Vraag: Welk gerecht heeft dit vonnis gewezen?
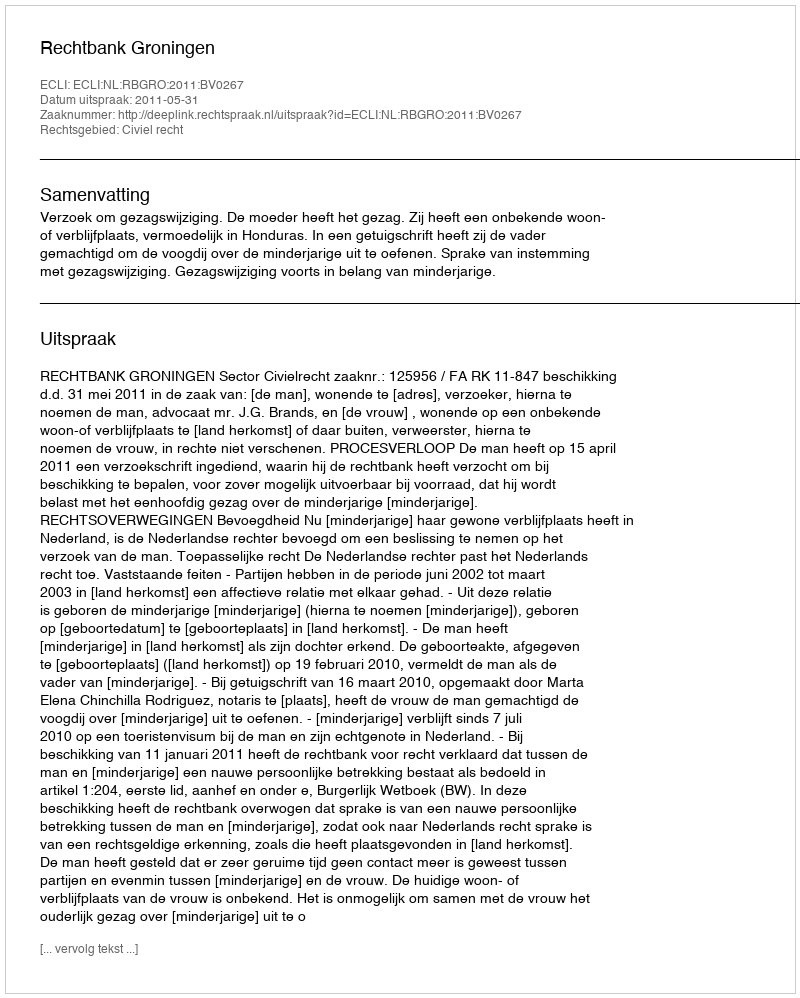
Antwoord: Rechtbank Groningen